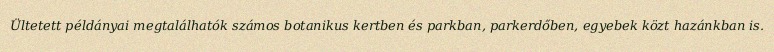
Ültetett példányai megtalálhatók számos botanikus kertben és parkban, parkerdőben, egyebek közt hazánkban is.